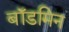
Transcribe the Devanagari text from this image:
बॉडमिन